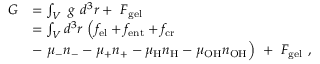
\begin{array} { r l } { G } & { = \int _ { V } ~ g ~ d ^ { 3 } r + ~ F _ { \mathrm { g e l } } } \\ & { = \int _ { V } d ^ { 3 } r ~ \Big ( f _ { \mathrm { e l } } + f _ { \mathrm { e n t } } + f _ { \mathrm { c r } } } \\ & { - ~ \mu _ { - } n _ { - } - \mu _ { + } n _ { + } - \mu _ { \mathrm { H } } n _ { \mathrm { H } } - \mu _ { \mathrm { O H } } n _ { \mathrm { O H } } \Big ) ~ + ~ F _ { \mathrm { g e l } } \ , } \end{array}